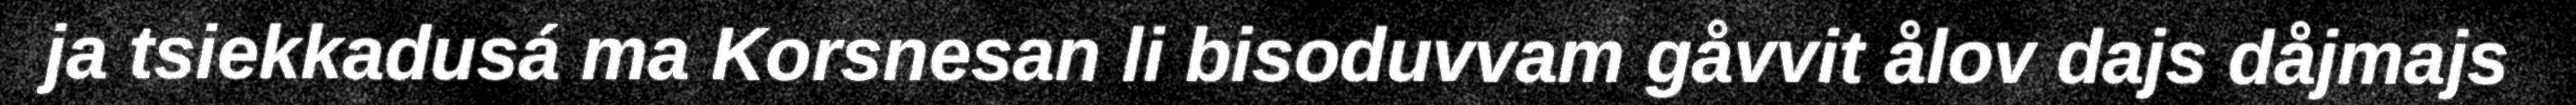
ja tsiekkadusá ma Korsnesan li bisoduvvam gåvvit ålov dajs dåjmajs